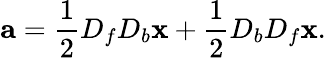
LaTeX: {\mathbf a}=\frac{1}{2}D_{f}D_{b}{\mathbf x}+\frac{1}{2}D_{b}D_{f}{\mathbf x}.